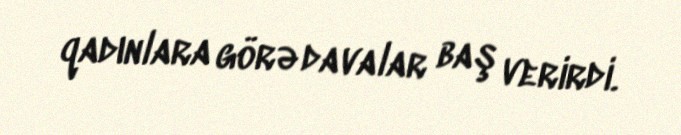
qadınlara görə davalar baş verirdi.